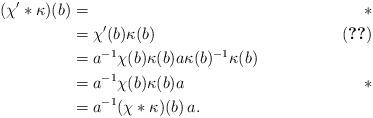
LaTeX: \begin{align*}(\chi' \ast \kappa)(b) &=& \,\,\ast\\&=\chi'(b) \kappa(b)& (\ref{action.eq.})\\&=a^{-1}\chi(b)\kappa(b) a \kappa(b)^{-1}\kappa(b)\\&=a^{-1}\chi(b)\kappa(b) a & \,\,\ast\\&= a^{-1}(\chi \ast \kappa)(b) \,a.\end{align*}